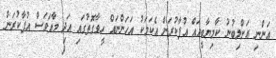
އަންނި އަށްލިބުނު ކާމިޔާބީއައް އުފާކުރަން އެކަމަކު އަހަންނައް ހީވާގޮތުގައި އަދި މާއަވަސް އުފާކުރަން